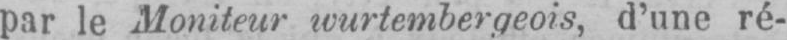
par le Moniteur wurtembergeois, d’une ré-